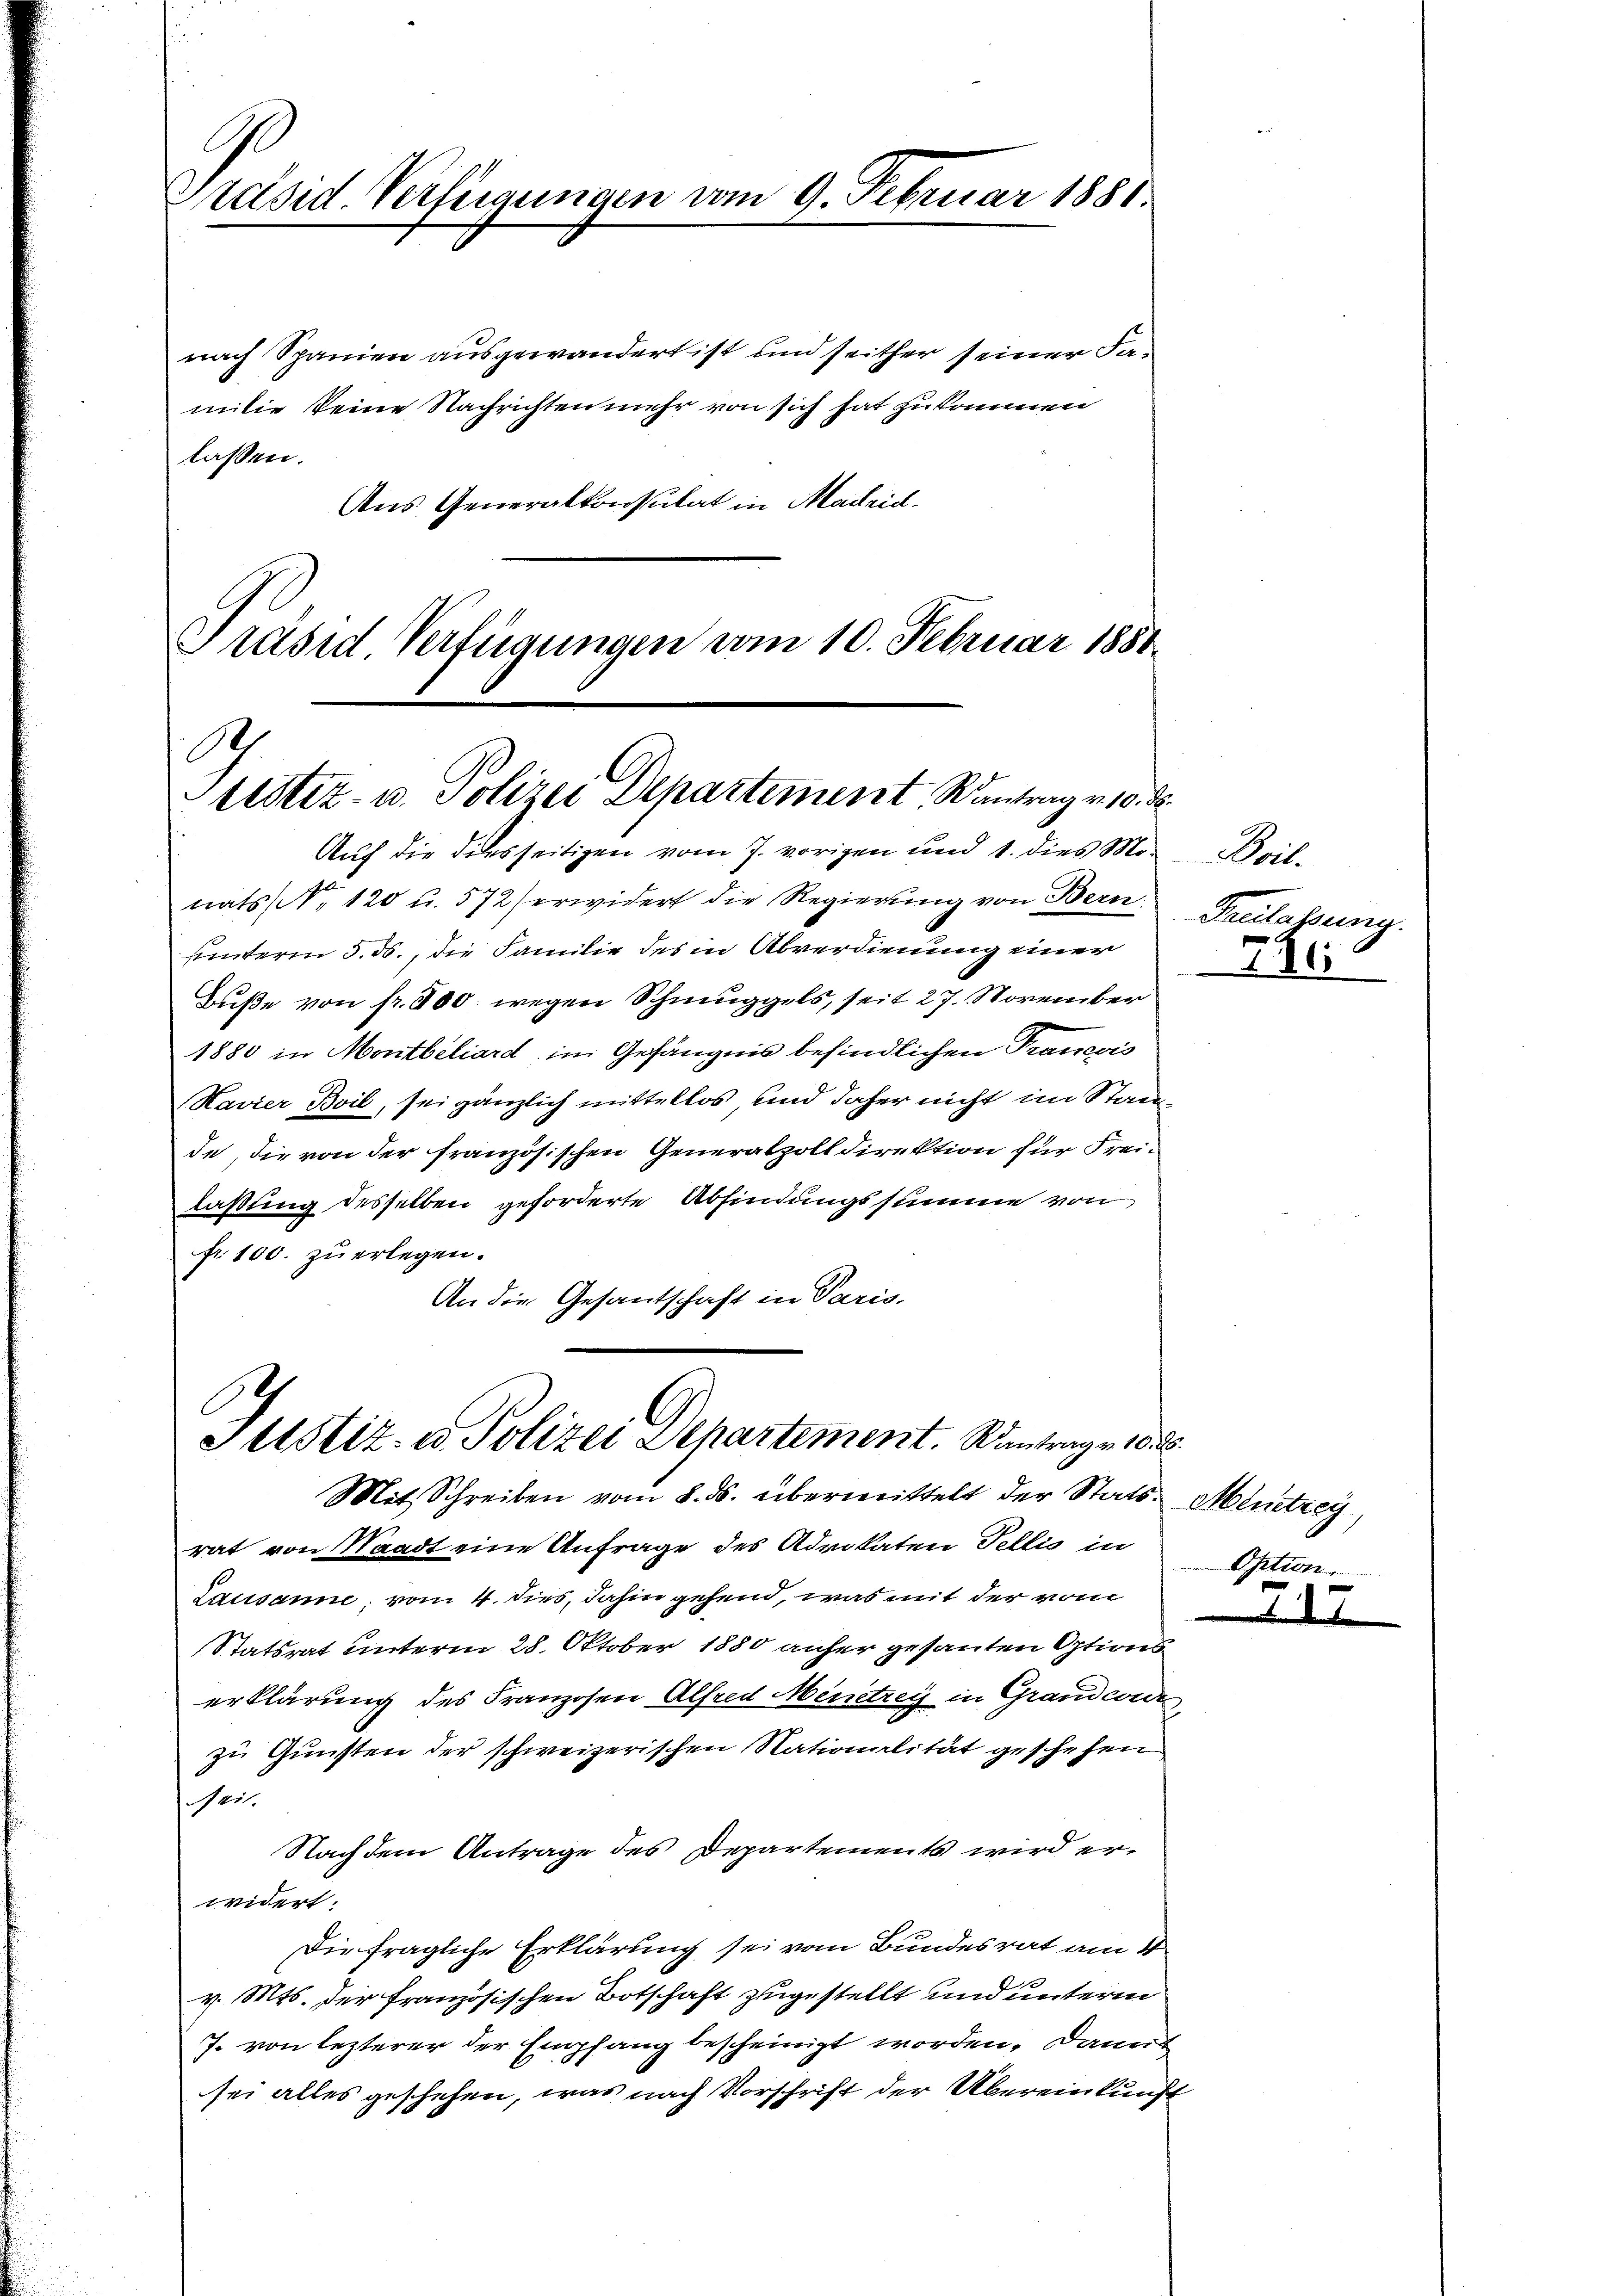
E
rased Verfügungen vom 9. Dez.

nach Spanien ausgewandert ist und seither seiner Jamilie seine Nachrichten mehr von sich hat zu kommen
lassen.
Aus Generalkonsulat in Maileid.
Präsid Verfügungen vom 10. Februar 1881

Auf die Filesseitigen vom 7. vorigen und 1. dies Monats N. 120 u. 572 erwidert die Regierung von Bern,
uunterm 5. ds., die Familie des in Abverdienung einer
Buße von fr. 300. wegen Schmuggels, seit 27. November
1880 in Montbiliard im Gefängnis befindlichen Trancois
Havier Bvil, sei gänzlich mittellos und daher nicht im Stande, die von der französischen Generalpolt direktion für Freilaßung desselben geforderte Abfindungssumme von
fr. 100. zu erlegen.
An die Gesantschaft in Paris.

e

r 1881.

A
testiz- u. Polizei Departement Kantrag v. 10. d.

Justiz- u Polizei Departement. Sintrage 1850.
Mit Schreiben vom 8. ds. übermittelt der Stats. Mentzey

rat von Waadt eine Anfrage des Advokaten Fellis in
Lausanne, vom 4. dies, dahin gehend, was mit der vom
Statsrat unterm 28. Oktober 1880 anher gesanten Options
erklärung des Franzosen Alfred Menitzey in Grandcour
zu Gunsten der schweizerischen Nationalität geschehen
eit.
Nach dem Antrage des Departements wird erwidert.
Die fragliche Erklärung sei vom Bundesrat am 1
v. Mts. der französischen Botschaft zugestellt und unterm
J. von lezterer der Empfang bescheinigt worden. Damit
sei alles geschehen, was nach Vorschrift der Übereinkunft

Drit
Faulassung.

726:

Option.